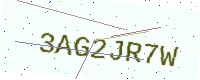
Text: 3AG2JR7W